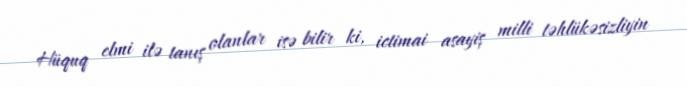
Hüquq elmi ilə tanış olanlar isə bilir ki, ictimai asayiş milli təhlükəsizliyin